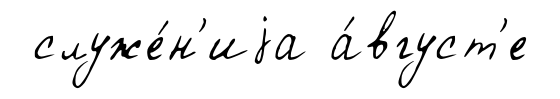
служе́н'иjа а́вгуст'е